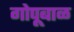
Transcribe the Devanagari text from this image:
गोपूबाळ